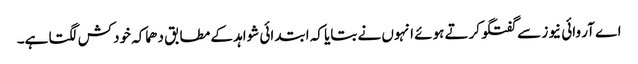
اے آر وائی نیوز سے گفتگو کرتے ہوئے انہوں نے بتایا کہ ابتدائی شواہد کے مطابق دھماکہ خودکش لگتا ہے۔